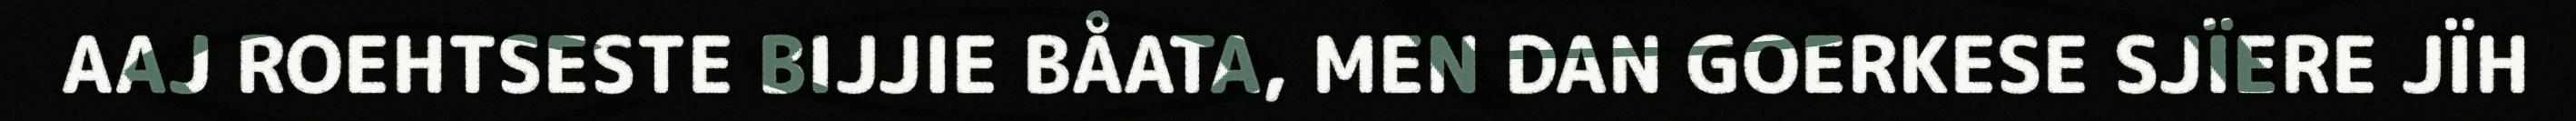
AAJ ROEHTSESTE BIJJIE BÅATA, MEN DAN GOERKESE SJÏERE JÏH